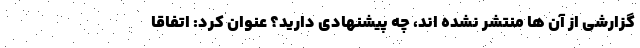
گزارشی از آن ها منتشر نشده اند، چه پیشنهادی دارید؟ عنوان کرد: اتفاقا